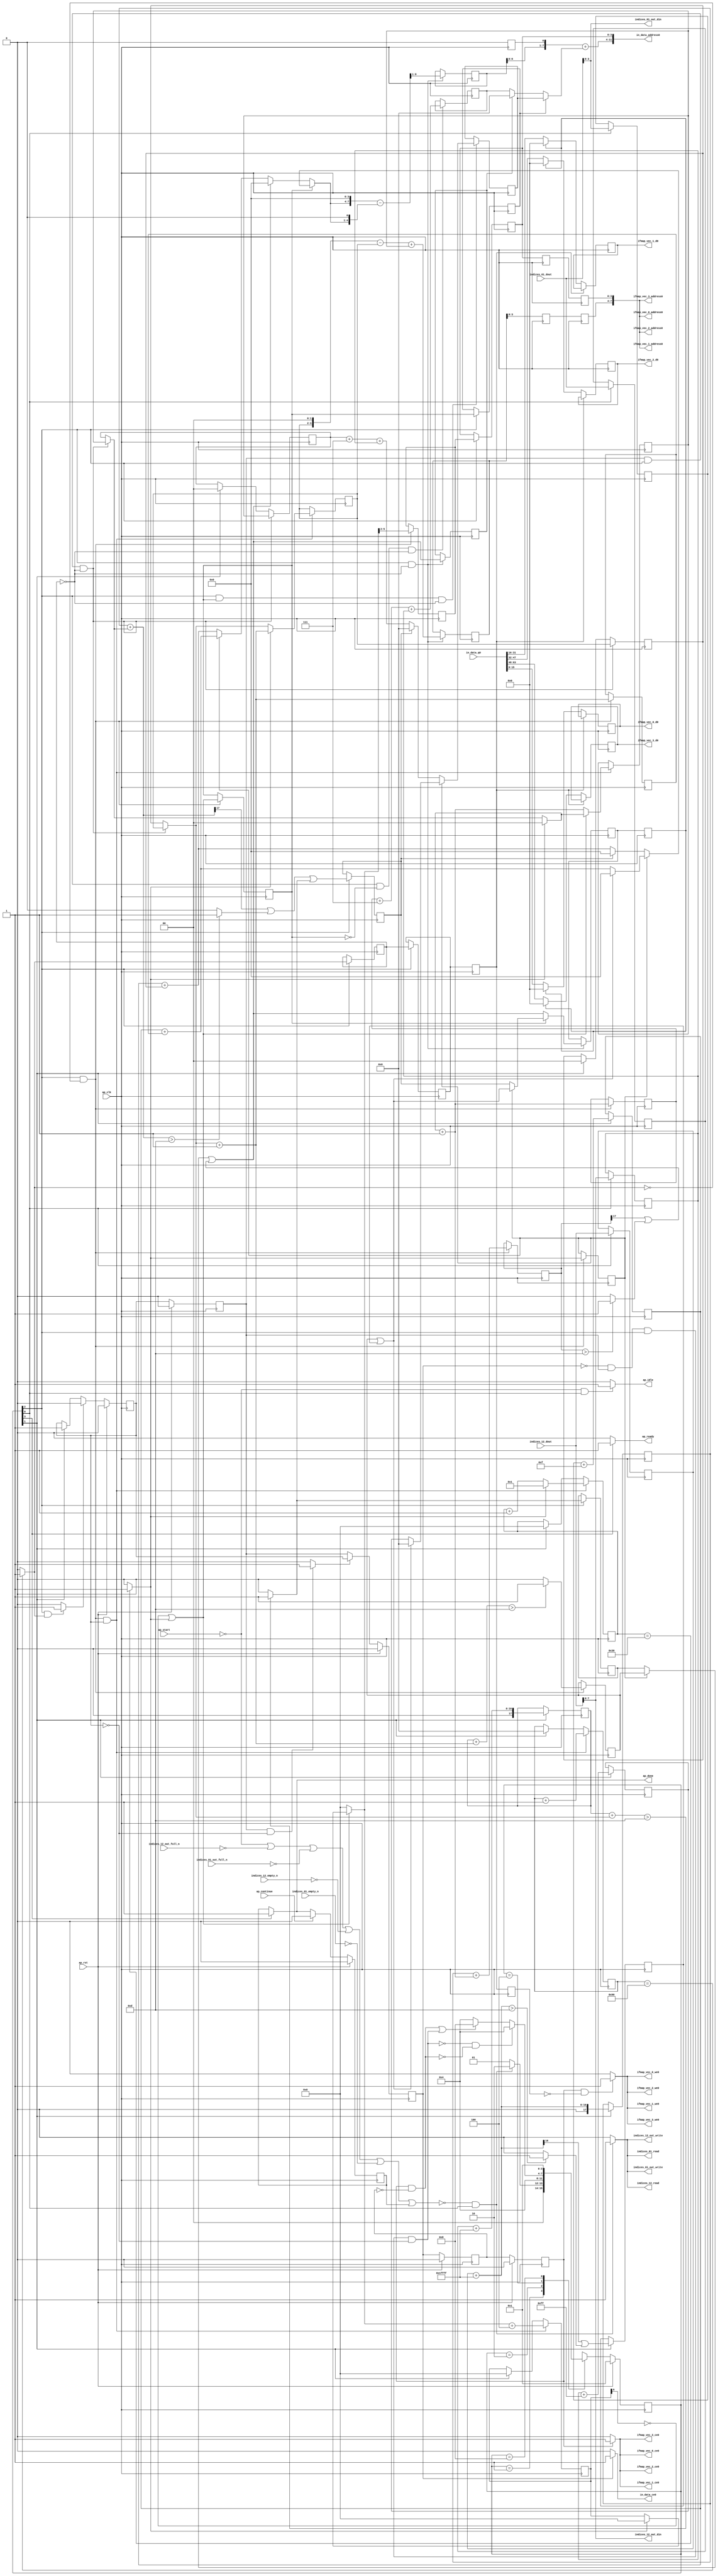
`define EXPONENT 5
`define MANTISSA 10
`define ACTUAL_MANTISSA 11
`define EXPONENT_LSB 10
`define EXPONENT_MSB 14
`define MANTISSA_LSB 0
`define MANTISSA_MSB 9
`define MANTISSA_MUL_SPLIT_LSB 3
`define MANTISSA_MUL_SPLIT_MSB 9
`define SIGN 1
`define SIGN_LOC 15
`define DWIDTH (`SIGN+`EXPONENT+`MANTISSA)
`define IEEE_COMPLIANCE 1

module td_fused_top_tdf11_readInputs78 (
        ap_clk,
        ap_rst,
        ap_start,
        ap_done,
        ap_continue,
        ap_idle,
        ap_ready,
        in_data_address0,
        in_data_ce0,
        in_data_q0,
        indices_01_dout,
        indices_01_empty_n,
        indices_01_read,
        indices_12_dout,
        indices_12_empty_n,
        indices_12_read,
        ifmap_vec_0_address0,
        ifmap_vec_0_ce0,
        ifmap_vec_0_we0,
        ifmap_vec_0_d0,
        ifmap_vec_1_address0,
        ifmap_vec_1_ce0,
        ifmap_vec_1_we0,
        ifmap_vec_1_d0,
        ifmap_vec_2_address0,
        ifmap_vec_2_ce0,
        ifmap_vec_2_we0,
        ifmap_vec_2_d0,
        ifmap_vec_3_address0,
        ifmap_vec_3_ce0,
        ifmap_vec_3_we0,
        ifmap_vec_3_d0,
        indices_01_out_din,
        indices_01_out_full_n,
        indices_01_out_write,
        indices_12_out_din,
        indices_12_out_full_n,
        indices_12_out_write
);

parameter    ap_ST_fsm_state1 = 4'd1;
parameter    ap_ST_fsm_state2 = 4'd2;
parameter    ap_ST_fsm_pp0_stage0 = 4'd4;
parameter    ap_ST_fsm_state8 = 4'd8;

input   ap_clk;
input   ap_rst;
input   ap_start;
output   ap_done;
input   ap_continue;
output   ap_idle;
output   ap_ready;
output  [11:0] in_data_address0;
output   in_data_ce0;
input  [63:0] in_data_q0;
input  [15:0] indices_01_dout;
input   indices_01_empty_n;
output   indices_01_read;
input  [15:0] indices_12_dout;
input   indices_12_empty_n;
output   indices_12_read;
output  [7:0] ifmap_vec_0_address0;
output   ifmap_vec_0_ce0;
output   ifmap_vec_0_we0;
output  [15:0] ifmap_vec_0_d0;
output  [7:0] ifmap_vec_1_address0;
output   ifmap_vec_1_ce0;
output   ifmap_vec_1_we0;
output  [15:0] ifmap_vec_1_d0;
output  [7:0] ifmap_vec_2_address0;
output   ifmap_vec_2_ce0;
output   ifmap_vec_2_we0;
output  [15:0] ifmap_vec_2_d0;
output  [7:0] ifmap_vec_3_address0;
output   ifmap_vec_3_ce0;
output   ifmap_vec_3_we0;
output  [15:0] ifmap_vec_3_d0;
output  [3:0] indices_01_out_din;
input   indices_01_out_full_n;
output   indices_01_out_write;
output  [7:0] indices_12_out_din;
input   indices_12_out_full_n;
output   indices_12_out_write;

reg ap_done;
reg ap_idle;
reg ap_ready;
reg in_data_ce0;
reg indices_01_read;
reg indices_12_read;
reg ifmap_vec_0_ce0;
reg ifmap_vec_0_we0;
reg ifmap_vec_1_ce0;
reg ifmap_vec_1_we0;
reg ifmap_vec_2_ce0;
reg ifmap_vec_2_we0;
reg ifmap_vec_3_ce0;
reg ifmap_vec_3_we0;
reg indices_01_out_write;
reg indices_12_out_write;

reg    ap_done_reg;
  reg   [3:0] ap_CS_fsm;
wire    ap_CS_fsm_state1;
reg    indices_01_blk_n;
reg    indices_12_blk_n;
reg    indices_01_out_blk_n;
reg    indices_12_out_blk_n;
reg   [7:0] indvar_flatten47_reg_231;
reg   [1:0] ii_reg_242;
reg   [6:0] indvar_flatten_reg_254;
reg   [1:0] jj_reg_265;
reg   [6:0] kk_reg_277;
reg   [15:0] indices_01_read_reg_905;
wire   [3:0] trunc_ln289_fu_288_p1;
reg   [3:0] trunc_ln289_reg_910;
reg   [15:0] indices_12_read_reg_915;
wire   [7:0] empty_fu_293_p1;
reg   [7:0] empty_reg_920;
wire   [17:0] p_cast_i_i_fu_310_p1;
reg   [17:0] p_cast_i_i_reg_927;
wire    ap_CS_fsm_state2;
wire   [17:0] sext_ln22_fu_320_p1;
reg   [17:0] sext_ln22_reg_933;
wire   [3:0] p_cast_fu_324_p2;
reg   [3:0] p_cast_reg_939;
wire   [0:0] or_ln23_31_fu_343_p2;
reg   [0:0] or_ln23_31_reg_945;
wire   [7:0] p_mid137_fu_349_p2;
reg   [7:0] p_mid137_reg_950;
wire   [7:0] add_ln19_7_fu_354_p2;
wire    ap_CS_fsm_pp0_stage0;
reg    ap_enable_reg_pp0_iter0;
wire    ap_block_state3_pp0_stage0_iter0;
wire    ap_block_state4_pp0_stage0_iter1;
wire    ap_block_state5_pp0_stage0_iter2;
wire    ap_block_state6_pp0_stage0_iter3;
wire    ap_block_state7_pp0_stage0_iter4;
wire    ap_block_pp0_stage0_11001;
wire   [0:0] empty_151_fu_369_p2;
reg   [0:0] empty_151_reg_960;
wire   [0:0] is_padding_fu_404_p2;
reg   [0:0] is_padding_reg_965;
wire   [0:0] icmp_ln19_fu_410_p2;
reg   [0:0] icmp_ln19_reg_972;
reg   [0:0] icmp_ln19_reg_972_pp0_iter1_reg;
reg   [0:0] icmp_ln19_reg_972_pp0_iter2_reg;
reg   [0:0] icmp_ln19_reg_972_pp0_iter3_reg;
wire   [1:0] add_ln19_fu_416_p2;
reg   [1:0] add_ln19_reg_976;
wire   [0:0] icmp_ln20_fu_422_p2;
reg   [0:0] icmp_ln20_reg_981;
wire   [1:0] select_ln19_42_fu_444_p3;
reg   [1:0] select_ln19_42_reg_990;
wire   [0:0] p_mid113_fu_461_p2;
reg   [0:0] p_mid113_reg_997;
wire   [0:0] or_ln19_fu_481_p2;
reg   [0:0] or_ln19_reg_1003;
reg   [0:0] or_ln19_reg_1003_pp0_iter1_reg;
wire   [1:0] add_ln20_fu_487_p2;
reg   [1:0] add_ln20_reg_1010;
wire   [1:0] select_ln20_30_fu_501_p3;
reg   [1:0] select_ln20_30_reg_1015;
wire   [17:0] add_ln22_8_fu_513_p2;
reg   [17:0] add_ln22_8_reg_1021;
reg   [3:0] lshr_ln_reg_1027;
reg   [3:0] lshr_ln_reg_1027_pp0_iter1_reg;
reg   [3:0] lshr_ln_reg_1027_pp0_iter2_reg;
reg   [3:0] lshr_ln_reg_1027_pp0_iter3_reg;
wire   [6:0] add_ln25_fu_528_p2;
wire   [6:0] select_ln20_34_fu_540_p3;
wire   [7:0] select_ln19_47_fu_666_p3;
reg   [7:0] select_ln19_47_reg_1043;
wire   [5:0] add_ln33_fu_676_p2;
reg   [5:0] add_ln33_reg_1048;
reg   [5:0] add_ln33_reg_1048_pp0_iter2_reg;
reg   [5:0] add_ln33_reg_1048_pp0_iter3_reg;
wire   [0:0] or_ln23_35_fu_703_p2;
reg   [0:0] or_ln23_35_reg_1053;
wire   [0:0] select_ln20_31_fu_709_p3;
reg   [0:0] select_ln20_31_reg_1058;
reg   [0:0] select_ln20_31_reg_1058_pp0_iter2_reg;
wire   [7:0] p_mid1_fu_734_p2;
reg   [7:0] p_mid1_reg_1066;
wire   [8:0] sub_ln32_fu_770_p2;
reg   [8:0] sub_ln32_reg_1071;
wire   [15:0] select_ln33_fu_821_p3;
reg   [15:0] select_ln33_reg_1081;
wire   [15:0] select_ln33_20_fu_842_p3;
reg   [15:0] select_ln33_20_reg_1086;
wire   [15:0] select_ln33_21_fu_863_p3;
reg   [15:0] select_ln33_21_reg_1091;
wire   [15:0] select_ln33_22_fu_884_p3;
reg   [15:0] select_ln33_22_reg_1096;
wire    ap_block_pp0_stage0_subdone;
reg    ap_condition_pp0_flush_enable;
reg    ap_enable_reg_pp0_iter1;
reg    ap_enable_reg_pp0_iter2;
reg    ap_condition_pp0_exit_iter1_state4;
reg    ap_enable_reg_pp0_iter3;
reg    ap_enable_reg_pp0_iter4;
reg   [1:0] ap_phi_mux_ii_phi_fu_246_p4;
wire    ap_block_pp0_stage0;
reg   [1:0] ap_phi_mux_jj_phi_fu_269_p4;
wire   [63:0] sext_ln32_fu_808_p1;
wire   [63:0] sext_ln33_fu_897_p1;
reg    ap_block_state1;
wire   [16:0] zext_ln19_fu_301_p1;
wire   [16:0] empty_149_fu_304_p2;
wire   [16:0] j_cast_i_i_fu_298_p1;
wire   [16:0] add_ln22_fu_314_p2;
wire   [0:0] tmp_82_fu_329_p3;
wire   [0:0] icmp_ln24_fu_337_p2;
wire   [17:0] ii_cast_i_i_fu_360_p1;
wire   [17:0] empty_150_fu_364_p2;
wire   [17:0] zext_ln20_fu_375_p1;
wire   [17:0] add_ln22_7_fu_379_p2;
wire   [0:0] tmp_83_fu_384_p3;
wire   [0:0] icmp_ln24_7_fu_392_p2;
wire   [0:0] or_ln23_fu_398_p2;
wire   [17:0] ii_cast_i_i_mid1_fu_452_p1;
wire   [17:0] p_mid111_fu_456_p2;
wire   [0:0] tmp_84_fu_467_p3;
wire   [0:0] xor_ln25_fu_475_p2;
wire   [1:0] select_ln19_fu_428_p3;
wire   [6:0] select_ln19_41_fu_436_p3;
wire   [17:0] zext_ln20_7_fu_509_p1;
wire   [6:0] select_ln20_fu_493_p3;
wire   [6:0] add_ln20_7_fu_534_p2;
wire   [3:0] ii_cast_fu_548_p1;
wire   [3:0] p_cast28_i_i_fu_552_p2;
wire   [2:0] zext_ln22_fu_557_p1;
wire   [2:0] tmp1_fu_568_p2;
wire   [7:0] tmp1_cast_fu_574_p1;
wire   [7:0] empty_152_fu_578_p2;
wire   [3:0] tmp_fu_593_p3;
wire   [4:0] zext_ln33_16_fu_600_p1;
wire   [4:0] zext_ln33_fu_590_p1;
wire   [4:0] sub_ln33_fu_604_p2;
wire   [3:0] ii_cast_mid1_fu_614_p1;
wire   [3:0] p_cast28_i_i_mid1_fu_617_p2;
wire   [0:0] or_ln23_33_fu_634_p2;
wire   [3:0] row_coord_int_mid131_fu_644_p3;
wire   [3:0] row_coord_int_fu_561_p3;
wire   [7:0] col_coord_int_mid139_fu_652_p3;
wire   [7:0] col_coord_int_fu_583_p3;
wire   [5:0] sub_ln33_cast_fu_610_p1;
wire   [5:0] zext_ln33_17_fu_673_p1;
wire   [0:0] tmp_85_fu_685_p3;
wire   [0:0] icmp_ln24_8_fu_692_p2;
wire   [0:0] or_ln23_34_fu_697_p2;
wire   [0:0] select_ln19_44_fu_629_p3;
wire   [0:0] select_ln19_45_fu_638_p3;
wire   [3:0] select_ln19_43_fu_622_p3;
wire   [2:0] zext_ln22_7_fu_682_p1;
wire   [2:0] tmp1_mid1_fu_724_p2;
wire   [7:0] tmp1_cast_mid1_fu_730_p1;
wire   [3:0] select_ln19_46_fu_659_p3;
wire   [3:0] row_coord_int_mid1_fu_716_p3;
wire   [3:0] select_ln20_32_fu_739_p3;
wire   [7:0] tmp_s_fu_746_p3;
wire   [4:0] tmp_55_fu_758_p3;
wire   [8:0] zext_ln32_fu_754_p1;
wire   [8:0] zext_ln32_63_fu_766_p1;
wire   [7:0] col_coord_int_mid1_fu_776_p3;
wire   [7:0] select_ln20_33_fu_785_p3;
wire   [9:0] sext_ln20_fu_782_p1;
wire   [9:0] zext_ln32_64_fu_791_p1;
wire   [9:0] add_ln32_fu_795_p2;
wire   [13:0] tmp_86_fu_801_p3;
wire   [15:0] trunc_ln32_fu_813_p1;
wire   [15:0] in_data_elem_fu_817_p1;
wire   [15:0] tmp_273_i_i_fu_828_p4;
wire   [15:0] in_data_elem_10_fu_838_p1;
wire   [15:0] tmp_274_i_i_fu_849_p4;
wire   [15:0] in_data_elem_11_fu_859_p1;
wire   [15:0] tmp_275_i_i_fu_870_p4;
wire   [15:0] in_data_elem_12_fu_880_p1;
wire   [9:0] tmp_87_fu_891_p3;
wire    ap_CS_fsm_state8;
reg   [3:0] ap_NS_fsm;
reg    ap_idle_pp0;
wire    ap_enable_pp0;
wire    ap_ce_reg;

// power-on initialization
initial begin
#0 ap_done_reg = 1'b0;
#0 ap_CS_fsm = 4'd1;
#0 ap_enable_reg_pp0_iter0 = 1'b0;
#0 ap_enable_reg_pp0_iter1 = 1'b0;
#0 ap_enable_reg_pp0_iter2 = 1'b0;
#0 ap_enable_reg_pp0_iter3 = 1'b0;
#0 ap_enable_reg_pp0_iter4 = 1'b0;
end

always @ (posedge ap_clk) begin
    if (ap_rst == 1'b1) begin
        ap_CS_fsm <= ap_ST_fsm_state1;
    end else begin
        ap_CS_fsm <= ap_NS_fsm;
    end
end

always @ (posedge ap_clk) begin
    if (ap_rst == 1'b1) begin
        ap_done_reg <= 1'b0;
    end else begin
        if ((ap_continue == 1'b1)) begin
            ap_done_reg <= 1'b0;
        end else if ((1'b1 == ap_CS_fsm_state8)) begin
            ap_done_reg <= 1'b1;
        end
    end
end

always @ (posedge ap_clk) begin
    if (ap_rst == 1'b1) begin
        ap_enable_reg_pp0_iter0 <= 1'b0;
    end else begin
        if ((1'b1 == ap_condition_pp0_flush_enable)) begin
            ap_enable_reg_pp0_iter0 <= 1'b0;
        end else if ((1'b1 == ap_CS_fsm_state2)) begin
            ap_enable_reg_pp0_iter0 <= 1'b1;
        end
    end
end

always @ (posedge ap_clk) begin
    if (ap_rst == 1'b1) begin
        ap_enable_reg_pp0_iter1 <= 1'b0;
    end else begin
        if ((1'b0 == ap_block_pp0_stage0_subdone)) begin
            ap_enable_reg_pp0_iter1 <= ap_enable_reg_pp0_iter0;
        end
    end
end

always @ (posedge ap_clk) begin
    if (ap_rst == 1'b1) begin
        ap_enable_reg_pp0_iter2 <= 1'b0;
    end else begin
        if ((1'b0 == ap_block_pp0_stage0_subdone)) begin
            if ((1'b1 == ap_condition_pp0_exit_iter1_state4)) begin
                ap_enable_reg_pp0_iter2 <= ap_enable_reg_pp0_iter0;
            end else if ((1'b1 == 1'b1)) begin
                ap_enable_reg_pp0_iter2 <= ap_enable_reg_pp0_iter1;
            end
        end
    end
end

always @ (posedge ap_clk) begin
    if (ap_rst == 1'b1) begin
        ap_enable_reg_pp0_iter3 <= 1'b0;
    end else begin
        if ((1'b0 == ap_block_pp0_stage0_subdone)) begin
            ap_enable_reg_pp0_iter3 <= ap_enable_reg_pp0_iter2;
        end
    end
end

always @ (posedge ap_clk) begin
    if (ap_rst == 1'b1) begin
        ap_enable_reg_pp0_iter4 <= 1'b0;
    end else begin
        if ((1'b0 == ap_block_pp0_stage0_subdone)) begin
            ap_enable_reg_pp0_iter4 <= ap_enable_reg_pp0_iter3;
        end else if ((1'b1 == ap_CS_fsm_state2)) begin
            ap_enable_reg_pp0_iter4 <= 1'b0;
        end
    end
end

always @ (posedge ap_clk) begin
    if (((ap_enable_reg_pp0_iter1 == 1'b1) & (1'b1 == ap_CS_fsm_pp0_stage0) & (icmp_ln19_reg_972 == 1'd0) & (1'b0 == ap_block_pp0_stage0_11001))) begin
        ii_reg_242 <= select_ln19_42_reg_990;
    end else if ((1'b1 == ap_CS_fsm_state2)) begin
        ii_reg_242 <= 2'd0;
    end
end

always @ (posedge ap_clk) begin
    if (((1'b1 == ap_CS_fsm_pp0_stage0) & (icmp_ln19_fu_410_p2 == 1'd0) & (1'b0 == ap_block_pp0_stage0_11001) & (ap_enable_reg_pp0_iter0 == 1'b1))) begin
        indvar_flatten47_reg_231 <= add_ln19_7_fu_354_p2;
    end else if ((1'b1 == ap_CS_fsm_state2)) begin
        indvar_flatten47_reg_231 <= 8'd0;
    end
end

always @ (posedge ap_clk) begin
    if (((1'b1 == ap_CS_fsm_pp0_stage0) & (icmp_ln19_fu_410_p2 == 1'd0) & (1'b0 == ap_block_pp0_stage0_11001) & (ap_enable_reg_pp0_iter0 == 1'b1))) begin
        indvar_flatten_reg_254 <= select_ln20_34_fu_540_p3;
    end else if ((1'b1 == ap_CS_fsm_state2)) begin
        indvar_flatten_reg_254 <= 7'd0;
    end
end

always @ (posedge ap_clk) begin
    if (((ap_enable_reg_pp0_iter1 == 1'b1) & (1'b1 == ap_CS_fsm_pp0_stage0) & (icmp_ln19_reg_972 == 1'd0) & (1'b0 == ap_block_pp0_stage0_11001))) begin
        jj_reg_265 <= select_ln20_30_reg_1015;
    end else if ((1'b1 == ap_CS_fsm_state2)) begin
        jj_reg_265 <= 2'd0;
    end
end

always @ (posedge ap_clk) begin
    if (((1'b1 == ap_CS_fsm_pp0_stage0) & (icmp_ln19_fu_410_p2 == 1'd0) & (1'b0 == ap_block_pp0_stage0_11001) & (ap_enable_reg_pp0_iter0 == 1'b1))) begin
        kk_reg_277 <= add_ln25_fu_528_p2;
    end else if ((1'b1 == ap_CS_fsm_state2)) begin
        kk_reg_277 <= 7'd0;
    end
end

always @ (posedge ap_clk) begin
    if (((1'b1 == ap_CS_fsm_pp0_stage0) & (icmp_ln19_fu_410_p2 == 1'd0) & (1'b0 == ap_block_pp0_stage0_11001))) begin
        add_ln19_reg_976 <= add_ln19_fu_416_p2;
        add_ln20_reg_1010 <= add_ln20_fu_487_p2;
        add_ln22_8_reg_1021 <= add_ln22_8_fu_513_p2;
        icmp_ln20_reg_981 <= icmp_ln20_fu_422_p2;
        lshr_ln_reg_1027 <= {{select_ln20_fu_493_p3[5:2]}};
        or_ln19_reg_1003 <= or_ln19_fu_481_p2;
        p_mid113_reg_997 <= p_mid113_fu_461_p2;
    end
end

always @ (posedge ap_clk) begin
    if (((1'b1 == ap_CS_fsm_pp0_stage0) & (icmp_ln19_reg_972 == 1'd0) & (1'b0 == ap_block_pp0_stage0_11001))) begin
        add_ln33_reg_1048 <= add_ln33_fu_676_p2;
        or_ln23_35_reg_1053 <= or_ln23_35_fu_703_p2;
        select_ln20_31_reg_1058 <= select_ln20_31_fu_709_p3;
        sub_ln32_reg_1071[8 : 1] <= sub_ln32_fu_770_p2[8 : 1];
    end
end

always @ (posedge ap_clk) begin
    if ((1'b0 == ap_block_pp0_stage0_11001)) begin
        add_ln33_reg_1048_pp0_iter2_reg <= add_ln33_reg_1048;
        add_ln33_reg_1048_pp0_iter3_reg <= add_ln33_reg_1048_pp0_iter2_reg;
        icmp_ln19_reg_972_pp0_iter2_reg <= icmp_ln19_reg_972_pp0_iter1_reg;
        icmp_ln19_reg_972_pp0_iter3_reg <= icmp_ln19_reg_972_pp0_iter2_reg;
        lshr_ln_reg_1027_pp0_iter2_reg <= lshr_ln_reg_1027_pp0_iter1_reg;
        lshr_ln_reg_1027_pp0_iter3_reg <= lshr_ln_reg_1027_pp0_iter2_reg;
        select_ln20_31_reg_1058_pp0_iter2_reg <= select_ln20_31_reg_1058;
    end
end

always @ (posedge ap_clk) begin
    if (((1'b1 == ap_CS_fsm_pp0_stage0) & (1'b0 == ap_block_pp0_stage0_11001))) begin
        empty_151_reg_960 <= empty_151_fu_369_p2;
        icmp_ln19_reg_972 <= icmp_ln19_fu_410_p2;
        icmp_ln19_reg_972_pp0_iter1_reg <= icmp_ln19_reg_972;
        is_padding_reg_965 <= is_padding_fu_404_p2;
        lshr_ln_reg_1027_pp0_iter1_reg <= lshr_ln_reg_1027;
        or_ln19_reg_1003_pp0_iter1_reg <= or_ln19_reg_1003;
    end
end

always @ (posedge ap_clk) begin
    if ((1'b1 == ap_CS_fsm_state1)) begin
        empty_reg_920 <= empty_fu_293_p1;
        indices_01_read_reg_905 <= indices_01_dout;
        indices_12_read_reg_915 <= indices_12_dout;
        trunc_ln289_reg_910 <= trunc_ln289_fu_288_p1;
    end
end

always @ (posedge ap_clk) begin
    if ((1'b1 == ap_CS_fsm_state2)) begin
        or_ln23_31_reg_945 <= or_ln23_31_fu_343_p2;
        p_cast_i_i_reg_927 <= p_cast_i_i_fu_310_p1;
        p_cast_reg_939 <= p_cast_fu_324_p2;
        p_mid137_reg_950 <= p_mid137_fu_349_p2;
        sext_ln22_reg_933 <= sext_ln22_fu_320_p1;
    end
end

always @ (posedge ap_clk) begin
    if (((1'b1 == ap_CS_fsm_pp0_stage0) & (or_ln19_reg_1003 == 1'd0) & (icmp_ln19_reg_972 == 1'd0) & (1'b0 == ap_block_pp0_stage0_11001))) begin
        p_mid1_reg_1066 <= p_mid1_fu_734_p2;
    end
end

always @ (posedge ap_clk) begin
    if (((1'b1 == ap_CS_fsm_pp0_stage0) & (icmp_ln19_fu_410_p2 == 1'd0) & (1'b0 == ap_block_pp0_stage0_11001) & (ap_enable_reg_pp0_iter0 == 1'b1))) begin
        select_ln19_42_reg_990 <= select_ln19_42_fu_444_p3;
        select_ln20_30_reg_1015 <= select_ln20_30_fu_501_p3;
    end
end

always @ (posedge ap_clk) begin
    if (((1'b1 == ap_CS_fsm_pp0_stage0) & (or_ln19_reg_1003 == 1'd1) & (icmp_ln19_reg_972 == 1'd0) & (1'b0 == ap_block_pp0_stage0_11001))) begin
        select_ln19_47_reg_1043 <= select_ln19_47_fu_666_p3;
    end
end

always @ (posedge ap_clk) begin
    if (((icmp_ln19_reg_972_pp0_iter2_reg == 1'd0) & (1'b0 == ap_block_pp0_stage0_11001))) begin
        select_ln33_20_reg_1086 <= select_ln33_20_fu_842_p3;
        select_ln33_21_reg_1091 <= select_ln33_21_fu_863_p3;
        select_ln33_22_reg_1096 <= select_ln33_22_fu_884_p3;
        select_ln33_reg_1081 <= select_ln33_fu_821_p3;
    end
end

always @ (*) begin
    if (((ap_enable_reg_pp0_iter1 == 1'b1) & (ap_enable_reg_pp0_iter0 == 1'b0))) begin
        ap_condition_pp0_exit_iter1_state4 = 1'b1;
    end else begin
        ap_condition_pp0_exit_iter1_state4 = 1'b0;
    end
end

always @ (*) begin
    if (((1'b1 == ap_CS_fsm_pp0_stage0) & (icmp_ln19_fu_410_p2 == 1'd1) & (1'b0 == ap_block_pp0_stage0_subdone))) begin
        ap_condition_pp0_flush_enable = 1'b1;
    end else begin
        ap_condition_pp0_flush_enable = 1'b0;
    end
end

always @ (*) begin
    if ((1'b1 == ap_CS_fsm_state8)) begin
        ap_done = 1'b1;
    end else begin
        ap_done = ap_done_reg;
    end
end

always @ (*) begin
    if (((ap_start == 1'b0) & (1'b1 == ap_CS_fsm_state1))) begin
        ap_idle = 1'b1;
    end else begin
        ap_idle = 1'b0;
    end
end

always @ (*) begin
    if (((ap_enable_reg_pp0_iter4 == 1'b0) & (ap_enable_reg_pp0_iter3 == 1'b0) & (ap_enable_reg_pp0_iter2 == 1'b0) & (ap_enable_reg_pp0_iter1 == 1'b0) & (ap_enable_reg_pp0_iter0 == 1'b0))) begin
        ap_idle_pp0 = 1'b1;
    end else begin
        ap_idle_pp0 = 1'b0;
    end
end

always @ (*) begin
    if (((ap_enable_reg_pp0_iter1 == 1'b1) & (1'b1 == ap_CS_fsm_pp0_stage0) & (icmp_ln19_reg_972 == 1'd0) & (1'b0 == ap_block_pp0_stage0))) begin
        ap_phi_mux_ii_phi_fu_246_p4 = select_ln19_42_reg_990;
    end else begin
        ap_phi_mux_ii_phi_fu_246_p4 = ii_reg_242;
    end
end

always @ (*) begin
    if (((ap_enable_reg_pp0_iter1 == 1'b1) & (1'b1 == ap_CS_fsm_pp0_stage0) & (icmp_ln19_reg_972 == 1'd0) & (1'b0 == ap_block_pp0_stage0))) begin
        ap_phi_mux_jj_phi_fu_269_p4 = select_ln20_30_reg_1015;
    end else begin
        ap_phi_mux_jj_phi_fu_269_p4 = jj_reg_265;
    end
end

always @ (*) begin
    if ((1'b1 == ap_CS_fsm_state8)) begin
        ap_ready = 1'b1;
    end else begin
        ap_ready = 1'b0;
    end
end

always @ (*) begin
    if (((ap_enable_reg_pp0_iter4 == 1'b1) & (1'b0 == ap_block_pp0_stage0_11001))) begin
        ifmap_vec_0_ce0 = 1'b1;
    end else begin
        ifmap_vec_0_ce0 = 1'b0;
    end
end

always @ (*) begin
    if (((ap_enable_reg_pp0_iter4 == 1'b1) & (icmp_ln19_reg_972_pp0_iter3_reg == 1'd0) & (1'b0 == ap_block_pp0_stage0_11001))) begin
        ifmap_vec_0_we0 = 1'b1;
    end else begin
        ifmap_vec_0_we0 = 1'b0;
    end
end

always @ (*) begin
    if (((ap_enable_reg_pp0_iter4 == 1'b1) & (1'b0 == ap_block_pp0_stage0_11001))) begin
        ifmap_vec_1_ce0 = 1'b1;
    end else begin
        ifmap_vec_1_ce0 = 1'b0;
    end
end

always @ (*) begin
    if (((ap_enable_reg_pp0_iter4 == 1'b1) & (icmp_ln19_reg_972_pp0_iter3_reg == 1'd0) & (1'b0 == ap_block_pp0_stage0_11001))) begin
        ifmap_vec_1_we0 = 1'b1;
    end else begin
        ifmap_vec_1_we0 = 1'b0;
    end
end

always @ (*) begin
    if (((ap_enable_reg_pp0_iter4 == 1'b1) & (1'b0 == ap_block_pp0_stage0_11001))) begin
        ifmap_vec_2_ce0 = 1'b1;
    end else begin
        ifmap_vec_2_ce0 = 1'b0;
    end
end

always @ (*) begin
    if (((ap_enable_reg_pp0_iter4 == 1'b1) & (icmp_ln19_reg_972_pp0_iter3_reg == 1'd0) & (1'b0 == ap_block_pp0_stage0_11001))) begin
        ifmap_vec_2_we0 = 1'b1;
    end else begin
        ifmap_vec_2_we0 = 1'b0;
    end
end

always @ (*) begin
    if (((ap_enable_reg_pp0_iter4 == 1'b1) & (1'b0 == ap_block_pp0_stage0_11001))) begin
        ifmap_vec_3_ce0 = 1'b1;
    end else begin
        ifmap_vec_3_ce0 = 1'b0;
    end
end

always @ (*) begin
    if (((ap_enable_reg_pp0_iter4 == 1'b1) & (icmp_ln19_reg_972_pp0_iter3_reg == 1'd0) & (1'b0 == ap_block_pp0_stage0_11001))) begin
        ifmap_vec_3_we0 = 1'b1;
    end else begin
        ifmap_vec_3_we0 = 1'b0;
    end
end

always @ (*) begin
    if (((ap_enable_reg_pp0_iter2 == 1'b1) & (1'b0 == ap_block_pp0_stage0_11001))) begin
        in_data_ce0 = 1'b1;
    end else begin
        in_data_ce0 = 1'b0;
    end
end

always @ (*) begin
    if ((~((ap_start == 1'b0) | (ap_done_reg == 1'b1)) & (1'b1 == ap_CS_fsm_state1))) begin
        indices_01_blk_n = indices_01_empty_n;
    end else begin
        indices_01_blk_n = 1'b1;
    end
end

always @ (*) begin
    if ((~((ap_start == 1'b0) | (ap_done_reg == 1'b1)) & (1'b1 == ap_CS_fsm_state1))) begin
        indices_01_out_blk_n = indices_01_out_full_n;
    end else begin
        indices_01_out_blk_n = 1'b1;
    end
end

always @ (*) begin
    if ((~((ap_start == 1'b0) | (indices_12_out_full_n == 1'b0) | (indices_01_out_full_n == 1'b0) | (indices_12_empty_n == 1'b0) | (indices_01_empty_n == 1'b0) | (ap_done_reg == 1'b1)) & (1'b1 == ap_CS_fsm_state1))) begin
        indices_01_out_write = 1'b1;
    end else begin
        indices_01_out_write = 1'b0;
    end
end

always @ (*) begin
    if ((~((ap_start == 1'b0) | (indices_12_out_full_n == 1'b0) | (indices_01_out_full_n == 1'b0) | (indices_12_empty_n == 1'b0) | (indices_01_empty_n == 1'b0) | (ap_done_reg == 1'b1)) & (1'b1 == ap_CS_fsm_state1))) begin
        indices_01_read = 1'b1;
    end else begin
        indices_01_read = 1'b0;
    end
end

always @ (*) begin
    if ((~((ap_start == 1'b0) | (ap_done_reg == 1'b1)) & (1'b1 == ap_CS_fsm_state1))) begin
        indices_12_blk_n = indices_12_empty_n;
    end else begin
        indices_12_blk_n = 1'b1;
    end
end

always @ (*) begin
    if ((~((ap_start == 1'b0) | (ap_done_reg == 1'b1)) & (1'b1 == ap_CS_fsm_state1))) begin
        indices_12_out_blk_n = indices_12_out_full_n;
    end else begin
        indices_12_out_blk_n = 1'b1;
    end
end

always @ (*) begin
    if ((~((ap_start == 1'b0) | (indices_12_out_full_n == 1'b0) | (indices_01_out_full_n == 1'b0) | (indices_12_empty_n == 1'b0) | (indices_01_empty_n == 1'b0) | (ap_done_reg == 1'b1)) & (1'b1 == ap_CS_fsm_state1))) begin
        indices_12_out_write = 1'b1;
    end else begin
        indices_12_out_write = 1'b0;
    end
end

always @ (*) begin
    if ((~((ap_start == 1'b0) | (indices_12_out_full_n == 1'b0) | (indices_01_out_full_n == 1'b0) | (indices_12_empty_n == 1'b0) | (indices_01_empty_n == 1'b0) | (ap_done_reg == 1'b1)) & (1'b1 == ap_CS_fsm_state1))) begin
        indices_12_read = 1'b1;
    end else begin
        indices_12_read = 1'b0;
    end
end

always @ (*) begin
    case (ap_CS_fsm)
        ap_ST_fsm_state1 : begin
            if ((~((ap_start == 1'b0) | (indices_12_out_full_n == 1'b0) | (indices_01_out_full_n == 1'b0) | (indices_12_empty_n == 1'b0) | (indices_01_empty_n == 1'b0) | (ap_done_reg == 1'b1)) & (1'b1 == ap_CS_fsm_state1))) begin
                ap_NS_fsm = ap_ST_fsm_state2;
            end else begin
                ap_NS_fsm = ap_ST_fsm_state1;
            end
        end
        ap_ST_fsm_state2 : begin
            ap_NS_fsm = ap_ST_fsm_pp0_stage0;
        end
        ap_ST_fsm_pp0_stage0 : begin
            if ((~((ap_enable_reg_pp0_iter2 == 1'b0) & (ap_enable_reg_pp0_iter1 == 1'b1) & (1'b1 == ap_CS_fsm_pp0_stage0) & (1'b0 == ap_block_pp0_stage0_subdone) & (ap_enable_reg_pp0_iter0 == 1'b0)) & ~((ap_enable_reg_pp0_iter4 == 1'b1) & (ap_enable_reg_pp0_iter3 == 1'b0) & (1'b0 == ap_block_pp0_stage0_subdone)))) begin
                ap_NS_fsm = ap_ST_fsm_pp0_stage0;
            end else if ((((ap_enable_reg_pp0_iter4 == 1'b1) & (ap_enable_reg_pp0_iter3 == 1'b0) & (1'b0 == ap_block_pp0_stage0_subdone)) | ((ap_enable_reg_pp0_iter2 == 1'b0) & (ap_enable_reg_pp0_iter1 == 1'b1) & (1'b1 == ap_CS_fsm_pp0_stage0) & (1'b0 == ap_block_pp0_stage0_subdone) & (ap_enable_reg_pp0_iter0 == 1'b0)))) begin
                ap_NS_fsm = ap_ST_fsm_state8;
            end else begin
                ap_NS_fsm = ap_ST_fsm_pp0_stage0;
            end
        end
        ap_ST_fsm_state8 : begin
            ap_NS_fsm = ap_ST_fsm_state1;
        end
        default : begin
            ap_NS_fsm = 'bx;
        end
    endcase
end

assign add_ln19_7_fu_354_p2 = (indvar_flatten47_reg_231 + 8'd1);

assign add_ln19_fu_416_p2 = (ap_phi_mux_ii_phi_fu_246_p4 + 2'd1);

assign add_ln20_7_fu_534_p2 = (indvar_flatten_reg_254 + 7'd1);

assign add_ln20_fu_487_p2 = (select_ln19_fu_428_p3 + 2'd1);

assign add_ln22_7_fu_379_p2 = ((sext_ln22_reg_933) + (zext_ln20_fu_375_p1));

assign add_ln22_8_fu_513_p2 = ((sext_ln22_reg_933) + (zext_ln20_7_fu_509_p1));

assign add_ln22_fu_314_p2 = ((j_cast_i_i_fu_298_p1) + (17'd131071));

assign add_ln25_fu_528_p2 = (select_ln20_fu_493_p3 + 7'd4);

assign add_ln32_fu_795_p2 = ((sext_ln20_fu_782_p1) + (zext_ln32_64_fu_791_p1));

assign add_ln33_fu_676_p2 = ((sub_ln33_cast_fu_610_p1) + (zext_ln33_17_fu_673_p1));

assign ap_CS_fsm_pp0_stage0 = ap_CS_fsm[32'd2];

assign ap_CS_fsm_state1 = ap_CS_fsm[32'd0];

assign ap_CS_fsm_state2 = ap_CS_fsm[32'd1];

assign ap_CS_fsm_state8 = ap_CS_fsm[32'd3];

assign ap_block_pp0_stage0 = ~(1'b1 == 1'b1);

assign ap_block_pp0_stage0_11001 = ~(1'b1 == 1'b1);

assign ap_block_pp0_stage0_subdone = ~(1'b1 == 1'b1);

always @ (*) begin
    ap_block_state1 = ((ap_start == 1'b0) | (indices_12_out_full_n == 1'b0) | (indices_01_out_full_n == 1'b0) | (indices_12_empty_n == 1'b0) | (indices_01_empty_n == 1'b0) | (ap_done_reg == 1'b1));
end

assign ap_block_state3_pp0_stage0_iter0 = ~(1'b1 == 1'b1);

assign ap_block_state4_pp0_stage0_iter1 = ~(1'b1 == 1'b1);

assign ap_block_state5_pp0_stage0_iter2 = ~(1'b1 == 1'b1);

assign ap_block_state6_pp0_stage0_iter3 = ~(1'b1 == 1'b1);

assign ap_block_state7_pp0_stage0_iter4 = ~(1'b1 == 1'b1);

assign ap_enable_pp0 = (ap_idle_pp0 ^ 1'b1);

assign col_coord_int_fu_583_p3 = ((is_padding_reg_965[0:0] == 1'b1) ? 8'd0 : empty_152_fu_578_p2);

assign col_coord_int_mid139_fu_652_p3 = ((or_ln23_33_fu_634_p2[0:0] == 1'b1) ? 8'd0 : p_mid137_reg_950);

assign col_coord_int_mid1_fu_776_p3 = ((or_ln23_35_reg_1053[0:0] == 1'b1) ? 8'd0 : p_mid1_reg_1066);

assign empty_149_fu_304_p2 = ((zext_ln19_fu_301_p1) + (17'd131071));

assign empty_150_fu_364_p2 = ((p_cast_i_i_reg_927) + (ii_cast_i_i_fu_360_p1));

assign empty_151_fu_369_p2 = ((empty_150_fu_364_p2 > 18'd13) ? 1'b1 : 1'b0);

assign empty_152_fu_578_p2 = ((tmp1_cast_fu_574_p1) + (empty_reg_920));

assign empty_fu_293_p1 = indices_12_dout[7:0];

assign icmp_ln19_fu_410_p2 = ((indvar_flatten47_reg_231 == 8'd144) ? 1'b1 : 1'b0);

assign icmp_ln20_fu_422_p2 = ((indvar_flatten_reg_254 == 7'd48) ? 1'b1 : 1'b0);

assign icmp_ln24_7_fu_392_p2 = (((add_ln22_7_fu_379_p2) > (18'd13)) ? 1'b1 : 1'b0);

assign icmp_ln24_8_fu_692_p2 = (((add_ln22_8_reg_1021) > (18'd13)) ? 1'b1 : 1'b0);

assign icmp_ln24_fu_337_p2 = (((add_ln22_fu_314_p2) > (17'd13)) ? 1'b1 : 1'b0);

assign ifmap_vec_0_address0 = sext_ln33_fu_897_p1;

assign ifmap_vec_0_d0 = select_ln33_reg_1081;

assign ifmap_vec_1_address0 = sext_ln33_fu_897_p1;

assign ifmap_vec_1_d0 = select_ln33_20_reg_1086;

assign ifmap_vec_2_address0 = sext_ln33_fu_897_p1;

assign ifmap_vec_2_d0 = select_ln33_21_reg_1091;

assign ifmap_vec_3_address0 = sext_ln33_fu_897_p1;

assign ifmap_vec_3_d0 = select_ln33_22_reg_1096;

assign ii_cast_fu_548_p1 = ii_reg_242;

assign ii_cast_i_i_fu_360_p1 = ap_phi_mux_ii_phi_fu_246_p4;

assign ii_cast_i_i_mid1_fu_452_p1 = add_ln19_fu_416_p2;

assign ii_cast_mid1_fu_614_p1 = add_ln19_reg_976;

assign in_data_address0 = sext_ln32_fu_808_p1;

assign in_data_elem_10_fu_838_p1 = tmp_273_i_i_fu_828_p4;

assign in_data_elem_11_fu_859_p1 = tmp_274_i_i_fu_849_p4;

assign in_data_elem_12_fu_880_p1 = tmp_275_i_i_fu_870_p4;

assign in_data_elem_fu_817_p1 = trunc_ln32_fu_813_p1;

assign indices_01_out_din = indices_01_dout[3:0];

assign indices_12_out_din = indices_12_dout[7:0];

assign is_padding_fu_404_p2 = (or_ln23_fu_398_p2 | empty_151_fu_369_p2);

assign j_cast_i_i_fu_298_p1 = indices_12_read_reg_915;

assign or_ln19_fu_481_p2 = (xor_ln25_fu_475_p2 | icmp_ln20_fu_422_p2);

assign or_ln23_31_fu_343_p2 = (tmp_82_fu_329_p3 | icmp_ln24_fu_337_p2);

assign or_ln23_33_fu_634_p2 = (p_mid113_reg_997 | or_ln23_31_reg_945);

assign or_ln23_34_fu_697_p2 = (tmp_85_fu_685_p3 | icmp_ln24_8_fu_692_p2);

assign or_ln23_35_fu_703_p2 = (select_ln19_44_fu_629_p3 | or_ln23_34_fu_697_p2);

assign or_ln23_fu_398_p2 = (tmp_83_fu_384_p3 | icmp_ln24_7_fu_392_p2);

assign p_cast28_i_i_fu_552_p2 = (p_cast_reg_939 + ii_cast_fu_548_p1);

assign p_cast28_i_i_mid1_fu_617_p2 = (p_cast_reg_939 + ii_cast_mid1_fu_614_p1);

assign p_cast_fu_324_p2 = ((trunc_ln289_reg_910) + (4'd15));

assign p_cast_i_i_fu_310_p1 = (empty_149_fu_304_p2);

assign p_mid111_fu_456_p2 = ((p_cast_i_i_reg_927) + (ii_cast_i_i_mid1_fu_452_p1));

assign p_mid113_fu_461_p2 = ((p_mid111_fu_456_p2 > 18'd13) ? 1'b1 : 1'b0);

assign p_mid137_fu_349_p2 = ((empty_reg_920) + (8'd255));

assign p_mid1_fu_734_p2 = ((tmp1_cast_mid1_fu_730_p1) + (empty_reg_920));

assign row_coord_int_fu_561_p3 = ((is_padding_reg_965[0:0] == 1'b1) ? 4'd0 : p_cast28_i_i_fu_552_p2);

assign row_coord_int_mid131_fu_644_p3 = ((or_ln23_33_fu_634_p2[0:0] == 1'b1) ? 4'd0 : p_cast28_i_i_mid1_fu_617_p2);

assign row_coord_int_mid1_fu_716_p3 = ((or_ln23_35_fu_703_p2[0:0] == 1'b1) ? 4'd0 : select_ln19_43_fu_622_p3);

assign select_ln19_41_fu_436_p3 = ((icmp_ln20_fu_422_p2[0:0] == 1'b1) ? 7'd0 : kk_reg_277);

assign select_ln19_42_fu_444_p3 = ((icmp_ln20_fu_422_p2[0:0] == 1'b1) ? add_ln19_fu_416_p2 : ap_phi_mux_ii_phi_fu_246_p4);

assign select_ln19_43_fu_622_p3 = ((icmp_ln20_reg_981[0:0] == 1'b1) ? p_cast28_i_i_mid1_fu_617_p2 : p_cast28_i_i_fu_552_p2);

assign select_ln19_44_fu_629_p3 = ((icmp_ln20_reg_981[0:0] == 1'b1) ? p_mid113_reg_997 : empty_151_reg_960);

assign select_ln19_45_fu_638_p3 = ((icmp_ln20_reg_981[0:0] == 1'b1) ? or_ln23_33_fu_634_p2 : is_padding_reg_965);

assign select_ln19_46_fu_659_p3 = ((icmp_ln20_reg_981[0:0] == 1'b1) ? row_coord_int_mid131_fu_644_p3 : row_coord_int_fu_561_p3);

assign select_ln19_47_fu_666_p3 = ((icmp_ln20_reg_981[0:0] == 1'b1) ? col_coord_int_mid139_fu_652_p3 : col_coord_int_fu_583_p3);

assign select_ln19_fu_428_p3 = ((icmp_ln20_fu_422_p2[0:0] == 1'b1) ? 2'd0 : ap_phi_mux_jj_phi_fu_269_p4);

assign select_ln20_30_fu_501_p3 = ((or_ln19_fu_481_p2[0:0] == 1'b1) ? select_ln19_fu_428_p3 : add_ln20_fu_487_p2);

assign select_ln20_31_fu_709_p3 = ((or_ln19_reg_1003[0:0] == 1'b1) ? select_ln19_45_fu_638_p3 : or_ln23_35_fu_703_p2);

assign select_ln20_32_fu_739_p3 = ((or_ln19_reg_1003[0:0] == 1'b1) ? select_ln19_46_fu_659_p3 : row_coord_int_mid1_fu_716_p3);

assign select_ln20_33_fu_785_p3 = ((or_ln19_reg_1003_pp0_iter1_reg[0:0] == 1'b1) ? select_ln19_47_reg_1043 : col_coord_int_mid1_fu_776_p3);

assign select_ln20_34_fu_540_p3 = ((icmp_ln20_fu_422_p2[0:0] == 1'b1) ? 7'd1 : add_ln20_7_fu_534_p2);

assign select_ln20_fu_493_p3 = ((or_ln19_fu_481_p2[0:0] == 1'b1) ? select_ln19_41_fu_436_p3 : 7'd0);

assign select_ln33_20_fu_842_p3 = ((select_ln20_31_reg_1058_pp0_iter2_reg[0:0] == 1'b1) ? 16'd0 : in_data_elem_10_fu_838_p1);

assign select_ln33_21_fu_863_p3 = ((select_ln20_31_reg_1058_pp0_iter2_reg[0:0] == 1'b1) ? 16'd0 : in_data_elem_11_fu_859_p1);

assign select_ln33_22_fu_884_p3 = ((select_ln20_31_reg_1058_pp0_iter2_reg[0:0] == 1'b1) ? 16'd0 : in_data_elem_12_fu_880_p1);

assign select_ln33_fu_821_p3 = ((select_ln20_31_reg_1058_pp0_iter2_reg[0:0] == 1'b1) ? 16'd0 : in_data_elem_fu_817_p1);

assign sext_ln20_fu_782_p1 = (sub_ln32_reg_1071);

assign sext_ln22_fu_320_p1 = add_ln22_fu_314_p2;

assign sext_ln32_fu_808_p1 = (tmp_86_fu_801_p3);

assign sext_ln33_fu_897_p1 = (tmp_87_fu_891_p3);

assign sub_ln32_fu_770_p2 = (zext_ln32_fu_754_p1 - zext_ln32_63_fu_766_p1);

assign sub_ln33_cast_fu_610_p1 = (sub_ln33_fu_604_p2);

assign sub_ln33_fu_604_p2 = (zext_ln33_16_fu_600_p1 - zext_ln33_fu_590_p1);

assign tmp1_cast_fu_574_p1 = (tmp1_fu_568_p2);

assign tmp1_cast_mid1_fu_730_p1 = (tmp1_mid1_fu_724_p2);

assign tmp1_fu_568_p2 = ((zext_ln22_fu_557_p1) + (3'd7));

assign tmp1_mid1_fu_724_p2 = ((zext_ln22_7_fu_682_p1) + (3'd7));

assign tmp_273_i_i_fu_828_p4 = {{in_data_q0[31:16]}};

assign tmp_274_i_i_fu_849_p4 = {{in_data_q0[47:32]}};

assign tmp_275_i_i_fu_870_p4 = {{in_data_q0[63:48]}};

assign tmp_55_fu_758_p3 = {{select_ln20_32_fu_739_p3}, {1'd0}};

assign tmp_82_fu_329_p3 = add_ln22_fu_314_p2[32'd16];

assign tmp_83_fu_384_p3 = add_ln22_7_fu_379_p2[32'd17];

assign tmp_84_fu_467_p3 = kk_reg_277[32'd6];

assign tmp_85_fu_685_p3 = add_ln22_8_reg_1021[32'd17];

assign tmp_86_fu_801_p3 = {{add_ln32_fu_795_p2}, {lshr_ln_reg_1027_pp0_iter1_reg}};

assign tmp_87_fu_891_p3 = {{add_ln33_reg_1048_pp0_iter3_reg}, {lshr_ln_reg_1027_pp0_iter3_reg}};

assign tmp_fu_593_p3 = {{select_ln19_42_reg_990}, {2'd0}};

assign tmp_s_fu_746_p3 = {{select_ln20_32_fu_739_p3}, {4'd0}};

assign trunc_ln289_fu_288_p1 = indices_01_dout[3:0];

assign trunc_ln32_fu_813_p1 = in_data_q0[15:0];

assign xor_ln25_fu_475_p2 = (tmp_84_fu_467_p3 ^ 1'd1);

assign zext_ln19_fu_301_p1 = indices_01_read_reg_905;

assign zext_ln20_7_fu_509_p1 = add_ln20_fu_487_p2;

assign zext_ln20_fu_375_p1 = ap_phi_mux_jj_phi_fu_269_p4;

assign zext_ln22_7_fu_682_p1 = add_ln20_reg_1010;

assign zext_ln22_fu_557_p1 = jj_reg_265;

assign zext_ln32_63_fu_766_p1 = tmp_55_fu_758_p3;

assign zext_ln32_64_fu_791_p1 = select_ln20_33_fu_785_p3;

assign zext_ln32_fu_754_p1 = tmp_s_fu_746_p3;

assign zext_ln33_16_fu_600_p1 = tmp_fu_593_p3;

assign zext_ln33_17_fu_673_p1 = select_ln20_30_reg_1015;

assign zext_ln33_fu_590_p1 = select_ln19_42_reg_990;

always @ (posedge ap_clk) begin
    sub_ln32_reg_1071[0] <= 1'b0;
end

endmodule //td_fused_top_tdf11_readInputs78